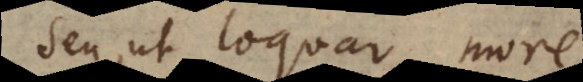
Seu, ut loquar, mor